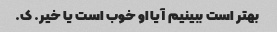
بهتر است ببینیم آیا او خوب است یا خیر. ک.